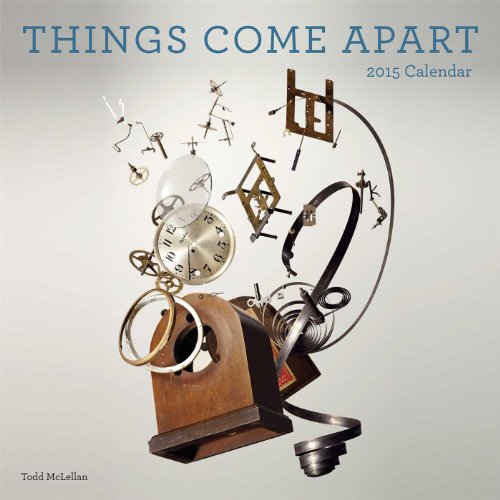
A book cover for Things Come Apart 2015 Wall Calendar; Todd McLellan; Calendars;